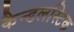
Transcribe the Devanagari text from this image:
कैन्डलस्टिक